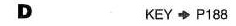
D KEY \longrightarrow 188